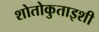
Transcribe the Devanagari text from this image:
शोतोकुताइशी